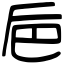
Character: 巵